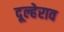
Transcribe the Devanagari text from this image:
दूल्हेराव